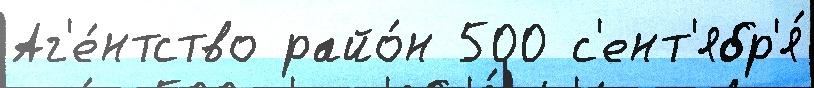
Аг'е́нтство райо́н 500 с'ент'ябр'я́